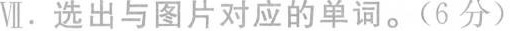
Ⅶ.选出与图片对应的单词。(6 分)